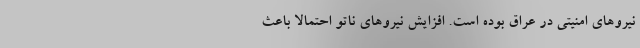
نیرو‌های امنیتی در عراق بوده است. افزایش نیرو‌های ناتو احتمالاً باعث